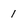
Character: I